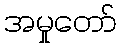
အမှုတော်